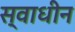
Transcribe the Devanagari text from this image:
स्‍वाधीन